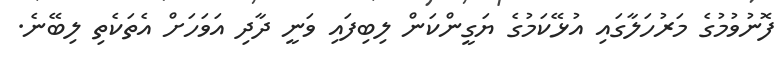
ފޮނުވުމުގެ މަރުހަލާގައި އުޅޭކަމުގެ ޔަގީންކަން ލިބިފައި ވަނީ ދާދި އަވަހަށް އެތަކެތި ލިބޭނެ.